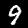
Digit: 9